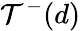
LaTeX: {\cal T}^{-}(d)